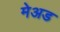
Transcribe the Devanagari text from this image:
मेअड